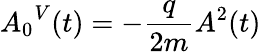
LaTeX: {A_{0}}^{V}(t)=-\frac{q}{2m}A^{2}(t)